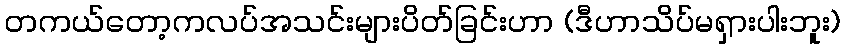
တကယ်တော့ကလပ်အသင်းများပိတ်ခြင်းဟာ (ဒီဟာသိပ်မရှားပါးဘူး)